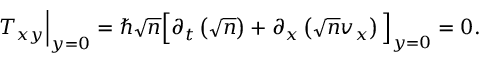
\begin{array} { r } { T _ { x y } \Big | _ { y = 0 } = \hbar \sqrt { n } \Big [ \partial _ { t } \left( \sqrt { n } \right) + \partial _ { x } \left( \sqrt { n } v _ { x } \right) \Big ] _ { y = 0 } = 0 . } \end{array}